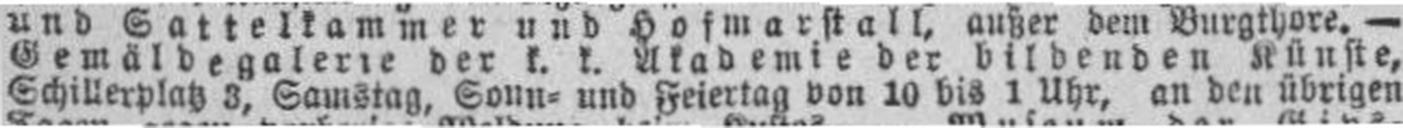
Schillerplatz 3, Samstag, Sonn= und Feiertag von 10 bis 1 Uhr, an den übrigen